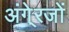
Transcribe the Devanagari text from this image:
अंगे्रजों